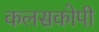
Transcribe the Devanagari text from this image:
कलसकोपी